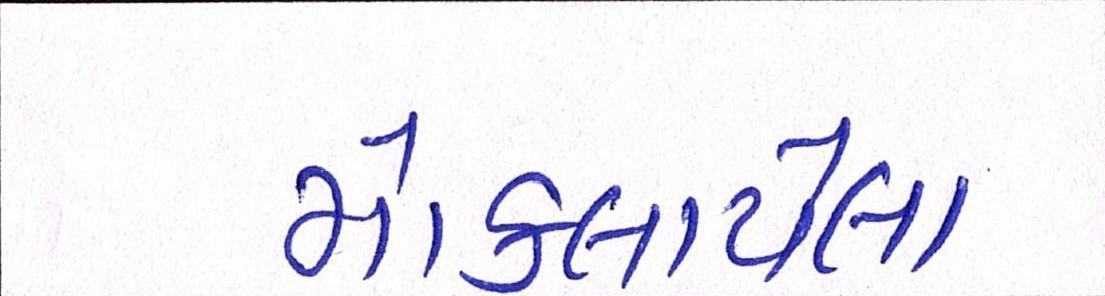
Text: મોકલાયેલા